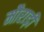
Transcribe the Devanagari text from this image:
मौराड़ी